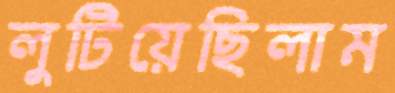
লুটিয়েছিলাম